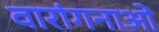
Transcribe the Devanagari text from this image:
वारांगनाओं